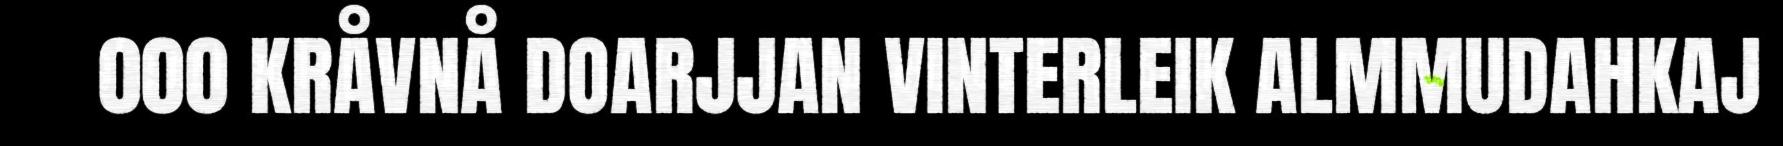
000 KRÅVNÅ DOARJJAN VINTERLEIK ALMMUDAHKAJ